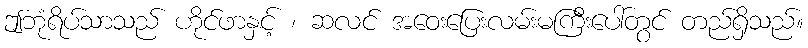
ဤဘုံရိပ်သာသည် ဟိုင်ဖာနှင့် ၊ ဆလင် အဝေးပြေးလမ်းမကြီးပေါ်တွင် တည်ရှိသည်။